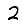
Digit: 2